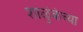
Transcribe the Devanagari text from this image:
शाळुंकेच्या